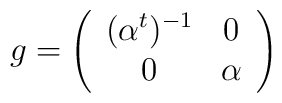
g = \left( \begin{array}{cc} (\alpha^t)^{-1} & 0 \\ 0 & \alpha \end{array} \right)